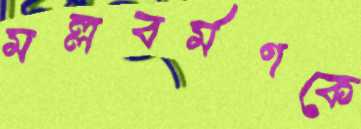
মল্লবর্মণকে